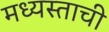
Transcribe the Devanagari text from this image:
मध्यस्ताची